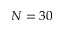
N = 3 0